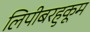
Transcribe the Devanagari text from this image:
लिपीबरहुकूम